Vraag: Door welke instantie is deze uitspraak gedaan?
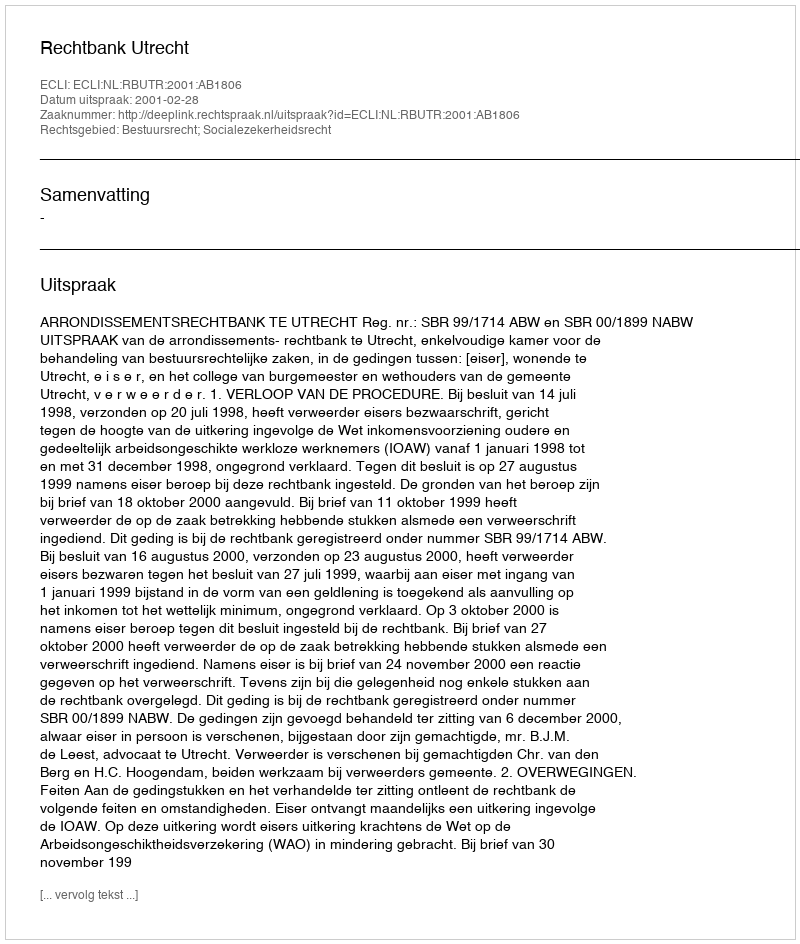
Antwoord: Rechtbank Utrecht